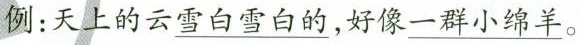
例：天上的云\underline{雪白雪白的}雪，好像\underline{一群小绵羊}。